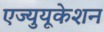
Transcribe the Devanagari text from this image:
एज्युयूकेशन